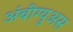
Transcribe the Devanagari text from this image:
अंबीग्युअस